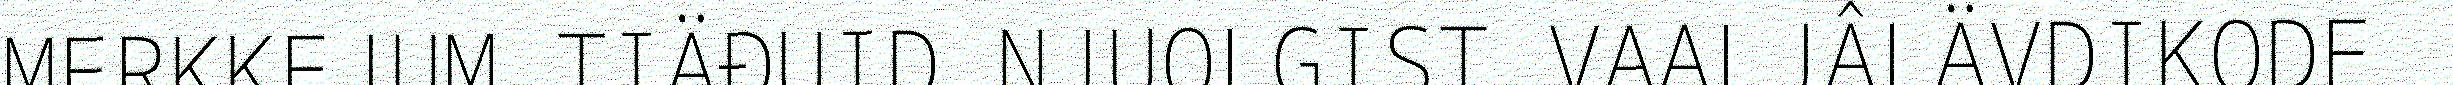
MERKKEJUM TIÄĐUID NJUOLGIST VAALJÂLÄVDIKODE